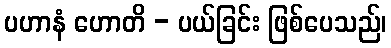
ပဟာနံ ဟောတိ - ပယ်ခြင်း ဖြစ်ပေသည်၊